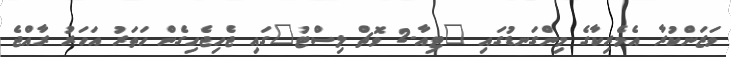
ވަޒަންކުރާ އެމެރިކާގެ މިންގަނޑުގައި "ޓިއާ-2 ވޮޗް ލިސްޓު"ގައި ޖެހިޖެހިގެން ހަތަރު އަހަރު ރާއްޖެ